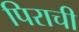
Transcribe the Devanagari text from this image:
पिराची